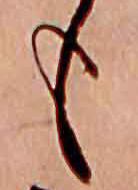
も